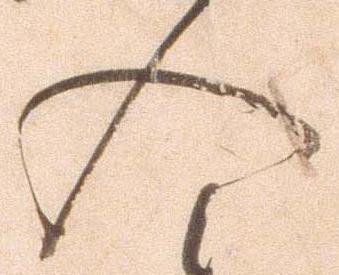
入